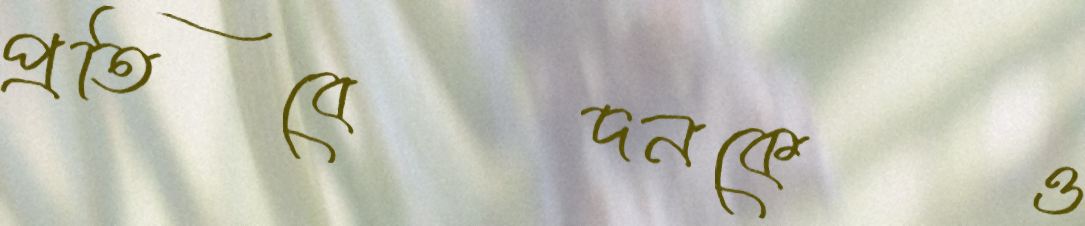
প্রতিবেদনকেও